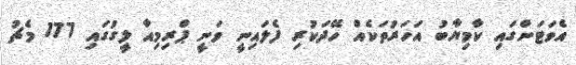
އެވަޓަންގައި ކާމިޔާބު އަހަރުތަކެއް ހޭދަކުރި ފެލައިނީ ވަނީ ޕްރިމިއާ ލީގުގައި 177 މެޗު